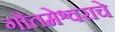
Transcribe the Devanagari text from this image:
गौतमेश्वराचे